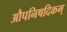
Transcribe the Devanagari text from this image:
औपनिषदिकम्